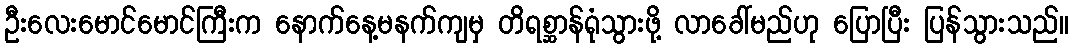
ဦးလေးမောင်မောင်ကြီးက နောက်နေ့မနက်ကျမှ တိရစ္ဆာန်ရုံသွားဖို့ လာခေါ်မည်ဟု ပြောပြီး ပြန်သွားသည်။